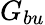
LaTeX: G_{bu}